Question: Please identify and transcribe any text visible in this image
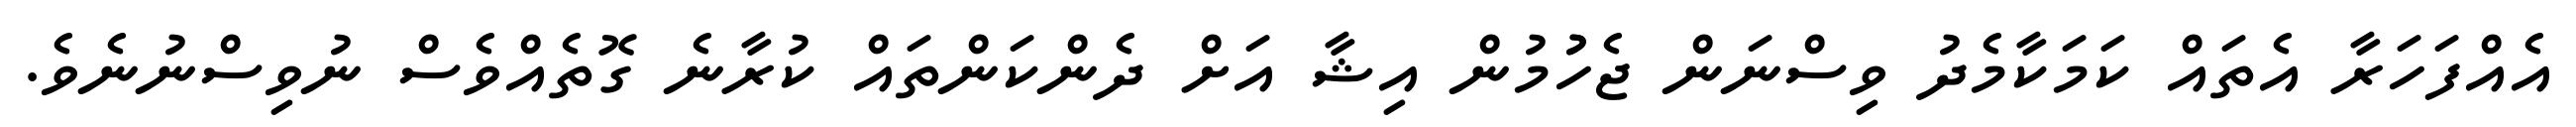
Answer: އެއްފަހަރާ އެތައް ކަމަކާމެދު ވިސްނަން ޖެހުުމުން އިޝާ އަށް ދެންކަންތައް ކުރާނެ ގޮތެއްވެސް ނުވިސްނުނެވެ.